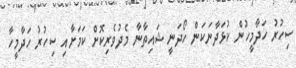
ސިހުރު ހަދާމީހުން ކުޅަދާނަކަން ހޯދަނީ ޝައިތާނާ މެދުވެރިކޮށް ކަމަށާއި ސިހުރު ހަދާމީހާ